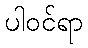
ပါဝင်ရာ